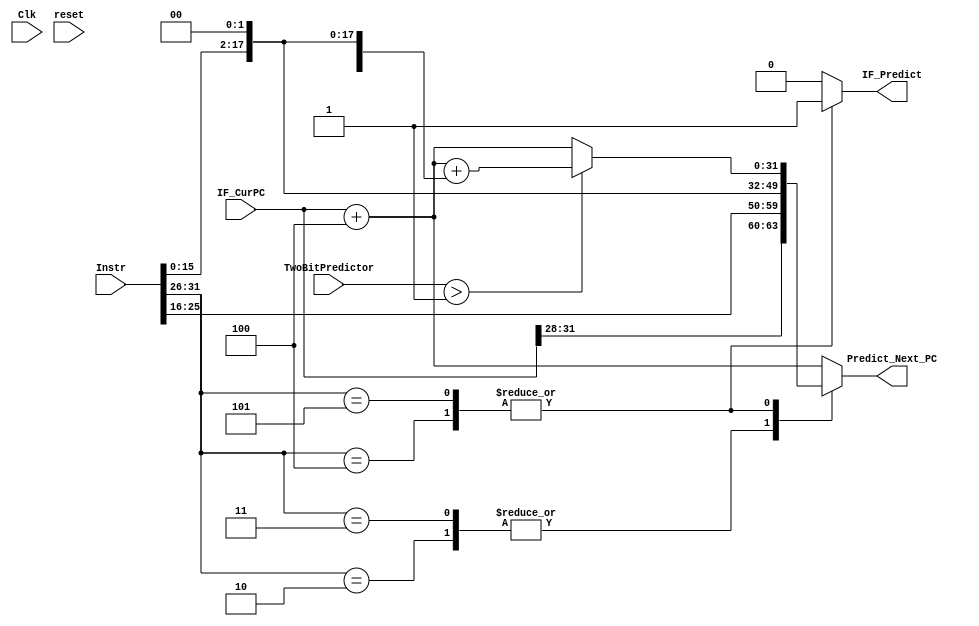
`timescale 1ns / 1ps
//////////////////////////////////////////////////////////////////////////////////
// Company: 
// Engineer: 
// 
// Design Name: 
// Module Name: Predict_PC
// Project Name: 
// Target Devices: 
// Tool Versions: 
// Description: 
// 
// Dependencies: 
// 
// Revision:
// Revision 0.01 - File Created
// Additional Comments:
// 
//////////////////////////////////////////////////////////////////////////////////


module Predict_PC(
    input Clk,
    input reset,
    input [31:0] Instr,
    input [31:0] IF_CurPC,
    input [1:0] TwoBitPredictor,
    output [31:0] Predict_Next_PC,
    output IF_Predict
    );
    
    reg [31:0] pre_next_pc;
    reg if_predict;
    
    always @(IF_CurPC or Instr or TwoBitPredictor) begin
        
        
        case(Instr[31:26])
            6'b000010: begin //j
                pre_next_pc = {IF_CurPC[31:28],Instr[25:0],2'b00};
                if_predict = 0;
            end
            6'b000011: begin //jal
                pre_next_pc = {IF_CurPC[31:28],Instr[25:0],2'b00};
                if_predict = 0;
            end
            6'b000100: begin //beq
                if(TwoBitPredictor > 1) begin
                    pre_next_pc = IF_CurPC + 4 + {{14{Instr[15]}},Instr[15:0],2'b00};
                end
                else begin
                    pre_next_pc = IF_CurPC + 4;
                end
                if_predict = 1;
            end
            6'b000101: begin //bne
                if(TwoBitPredictor > 1) begin
                    pre_next_pc = IF_CurPC + 4 + {{14{Instr[15]}},Instr[15:0],2'b00};
                end
                else begin
                    pre_next_pc = IF_CurPC + 4;
                end
                if_predict = 1;
            end
            6'b000000: begin
                if(Instr[5:0] == 6'b001000) begin //jr
                    pre_next_pc = IF_CurPC + 4;
                    if_predict = 0;
                    //to be done...
                end
                else begin
                    pre_next_pc = IF_CurPC + 4;
                    if_predict = 0;
                end
            end
            default: begin
                pre_next_pc = IF_CurPC + 4;
                if_predict = 0;
            end
        endcase
    end
    
    assign Predict_Next_PC = pre_next_pc;
    assign IF_Predict = if_predict;
    always @(posedge reset) begin
        
    end
    
endmodule